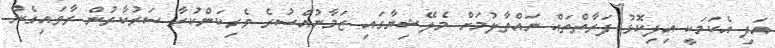
އަދި އެކަމަކީ އިދިކޮޅު ފަރާތްތައް ނައްތާލުމަށް މެލޭޝިޔާގައި ޒަމާނުއްސުރެ ވެރިކަންކުރާ ސަރުކާރުން ރާވައިގެން